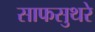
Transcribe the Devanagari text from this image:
साफसुथरे